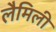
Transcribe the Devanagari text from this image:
लैमिली